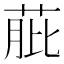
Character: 𦱔